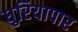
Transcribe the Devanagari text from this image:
धुरियापार